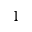
1